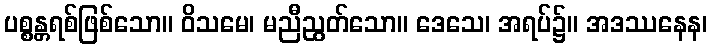
ပစ္စန္တရစ်ဖြစ်သော။ ဝိသမေ၊ မညီညွတ်သော။ ဒေသေ၊ အရပ်၌။ အဒဿနေန၊